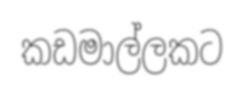
කඩමාල්ලකට